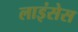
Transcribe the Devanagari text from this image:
लाइंसेस